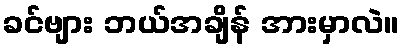
ခင်ဗျား ဘယ်အချိန် အားမှာလဲ။